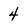
Character: 4